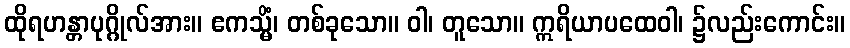
ထိုရဟန္တာပုဂ္ဂိုလ်အား။ ဧကသ္မိံ၊ တစ်ခုသော။ ဝါ၊ တူသော။ ဣရိယာပထေဝါ၊ ၌လည်းကောင်း။